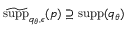
\widetilde { \mathrm { s u p p } } _ { q _ { \theta } , \epsilon } ( p ) \supseteq \mathrm { s u p p } ( q _ { \theta } )